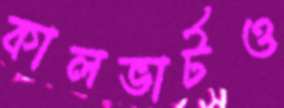
কালভার্টও